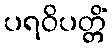
ပရဝိပတ္တိံ